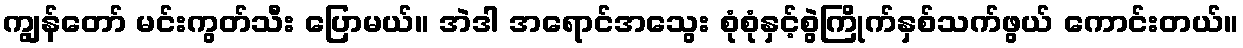
ကျွန်တော် မင်းကွတ်သီး ပြောမယ်။ အဲဒါ အရောင်အသွေး စုံစုံနှင့်စွဲကြိုက်နှစ်သက်ဖွယ် ကောင်းတယ်။